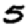
Digit: 5